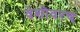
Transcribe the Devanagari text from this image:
वेशीवरच